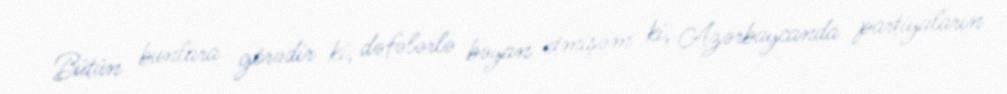
Bütün bunlara görədir ki, dəfələrlə bəyan etmişəm ki, Azərbaycanda partiyaların